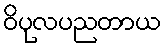
ဝိပုလပညတာယ